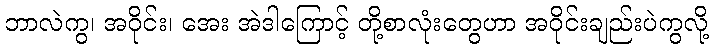
ဘာလဲကွ၊ အဝိုင်း၊ အေး အဲဒါကြောင့် တို့စာလုံးတွေဟာ အဝိုင်းချည်းပဲကွလို့